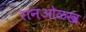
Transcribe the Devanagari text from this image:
रानओळख